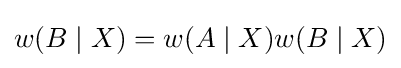
w(B\mid X)=w(A\mid X)w(B\mid X)